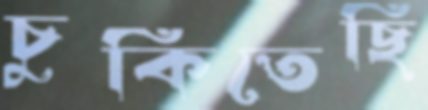
চুকিতেছি